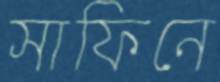
সাফিনে